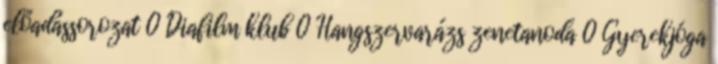
előadássorozat 0 Diafilm klub 0 Hangszervarázs zenetanoda 0 Gyerekjóga